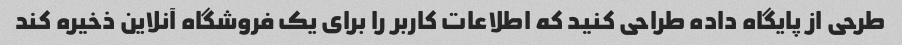
طرحی از پایگاه داده طراحی کنید که اطلاعات کاربر را برای یک فروشگاه آنلاین ذخیره کند